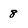
Character: 8